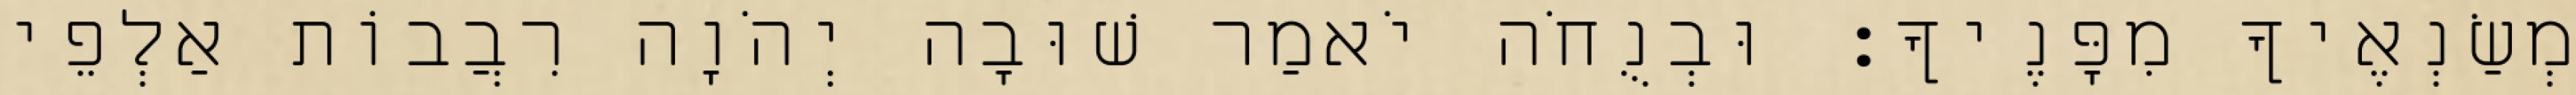
מְשַׂנְאֶיךָ מִפָּנֶיךָ׃ וּבְנֻחֹה יֹאמַר שׁוּבָה יְהֹוָה רִבֲבוֹת אַלְפֵי